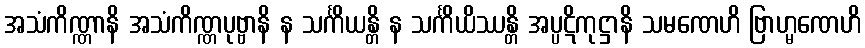
အသံကိဏ္ဏာနိ အသံကိဏ္ဏပုဗ္ဗာနိ န သင်္ကိယန္တိ န သင်္ကိယိဿန္တိ အပ္ပဋိကုဋ္ဌာနိ သမဏေဟိ ဗြာဟ္မဏေဟိ